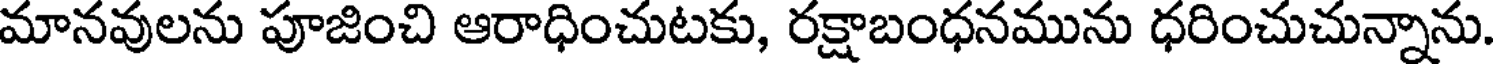
మానవులను పూజించి ఆరాధించుటకు, రక్షాబంధనమును ధరించుచున్నాను.